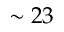
\sim 2 3